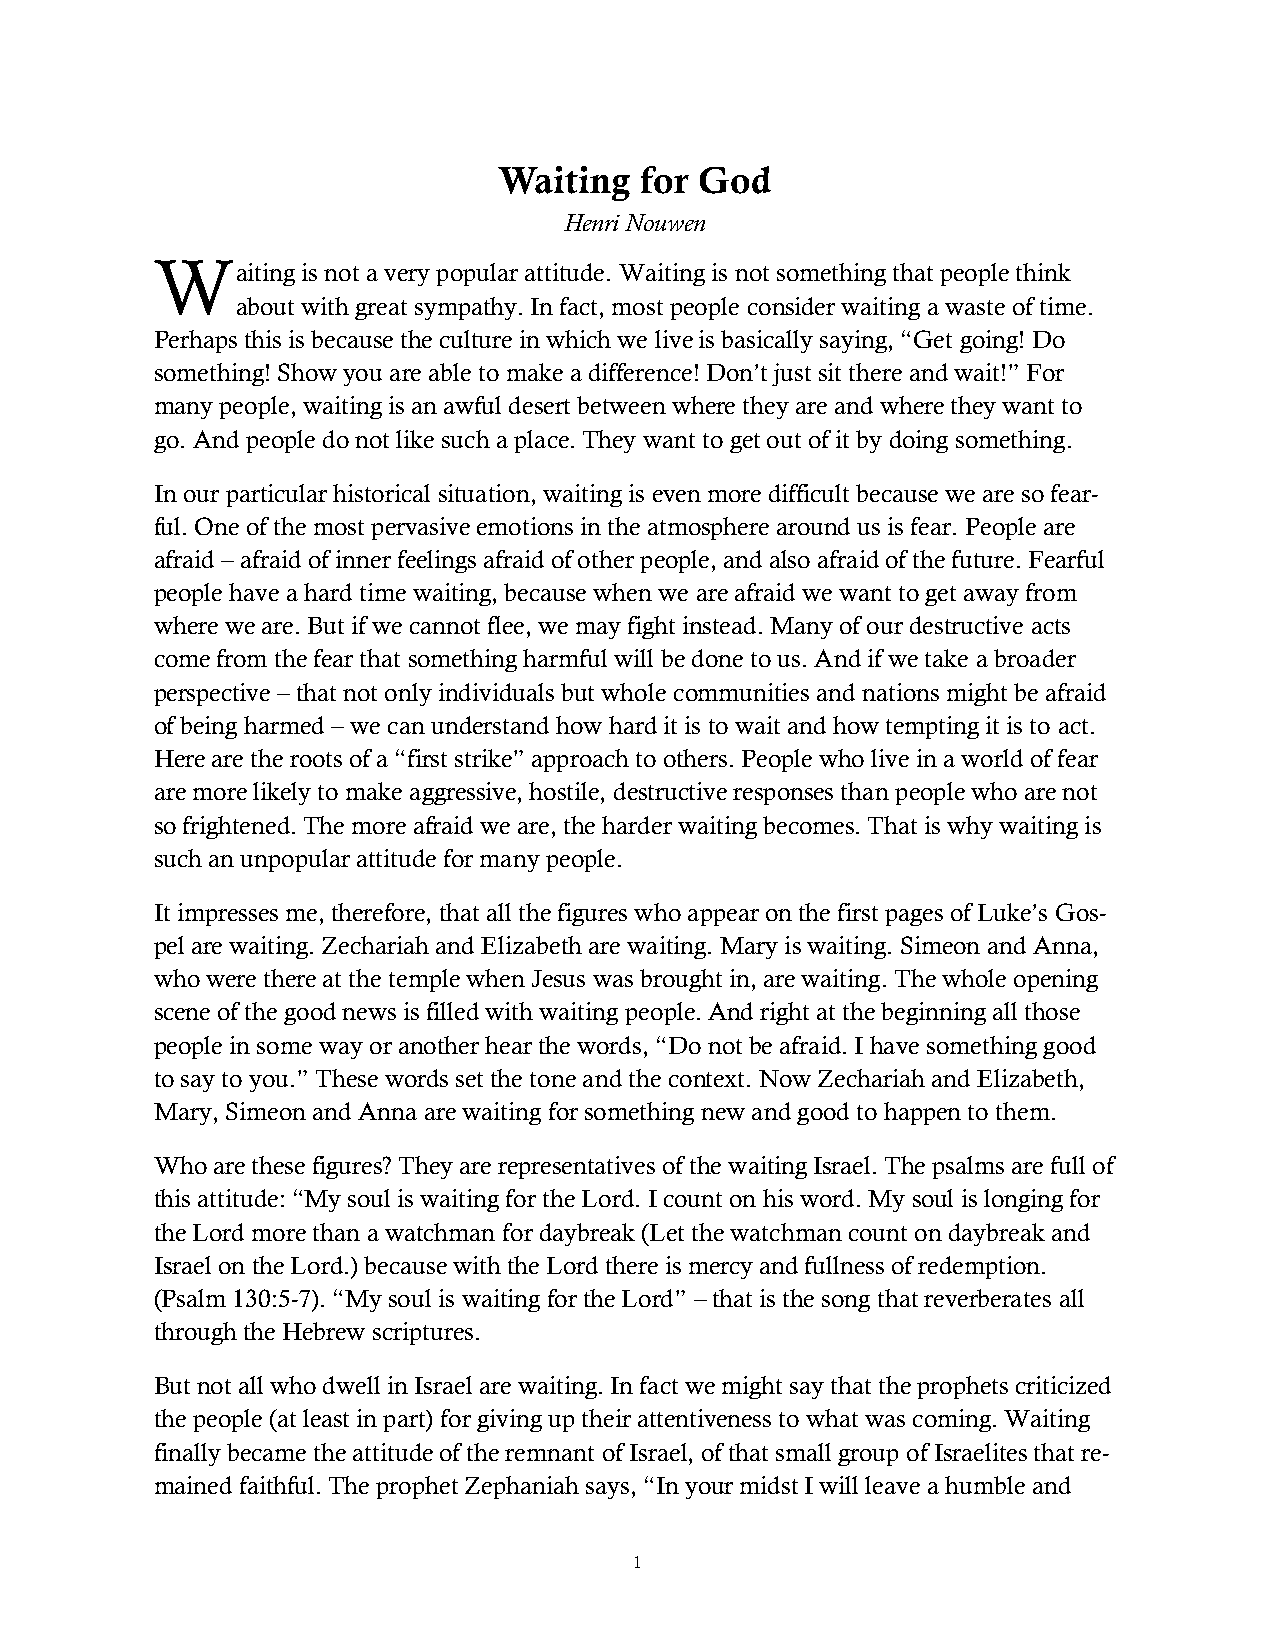
Waiting  for God
 Henri Nouwen
 W
 aiting is not a very popular attitude. Waiting is not something that people think
 about with great sympathy. In fact, most people consider waiting a waste of time.
 Perhaps this is because the culture in which we live is basically saying, “Get going! Do
 something! Show you are able to make a difference! Don’t just sit there and wait!” For
 many people, waiting is an awful desert between where they are and where they want to
 go. And people do not like such a place. They want to get out of it by doing something.
 In our particular historical situation, waiting is even more difficult because we are so fear-
 ful. One of the most pervasive emotions in the atmosphere around us is fear. People are
 afraid – afraid of inner feelings afraid of other people, and also afraid of the future. Fearful
 people have a hard time waiting, because when we are afraid we want to get away from
 where we are. But if we cannot flee, we may fight instead. Many of our destructive acts
 come from the fear that something harmful will be done to us. And if we take a broader
 perspective – that not only individuals but whole communities and nations might be afraid
 of being harmed – we can understand how hard it is to wait and how tempting it is to act.
 Here are the roots of a “first strike” approach to others. People who live in a world of fear
 are more likely to make aggressive, hostile, destructive responses than people who are not
 so frightened. The more afraid we are, the harder waiting becomes. That is why waiting is
 such an unpopular attitude for many people.
 It impresses me, therefore, that all the figures who appear on the first pages of Luke’s Gos-
 pel are waiting. Zechariah and Elizabeth are waiting. Mary is waiting. Simeon and Anna,
 who were there at the temple when Jesus was brought in, are waiting. The whole opening
 scene of the good news is filled with waiting people. And right at the beginning all those
 people in some way or another hear the words, “Do not be afraid. I have something good
 to say to you.” These words set the tone and the context. Now Zechariah and Elizabeth,
 Mary, Simeon and Anna are waiting for something new and good to happen to them.
 Who are these figures? They are representatives of the waiting Israel. The psalms are full of
 this attitude: “My soul is waiting for the Lord. I count on his word. My soul is longing for
 the Lord more than a watchman for daybreak (Let the watchman count on daybreak and
 Israel on the Lord.) because with the Lord there is mercy and fullness of redemption.
 (Psalm 130:5-7). “My soul is waiting for the Lord” – that is the song that reverberates all
 through the Hebrew scriptures.
 But not all who dwell in Israel are waiting. In fact we might say that the prophets criticized
 the people (at least in part) for giving up their attentiveness to what was coming. Waiting
 finally became the attitude of the remnant of Israel, of that small group of Israelites that re-
 mained faithful. The prophet Zephaniah says, “In your midst I will leave a humble and
 1